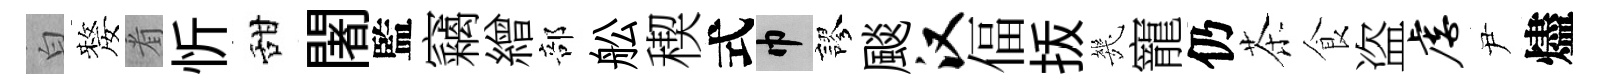
白嫠㸔忻甜闍監竊繒部舩稧式巾謬颷汉偪㧞㡬寵仍茶食盗虐尹燼